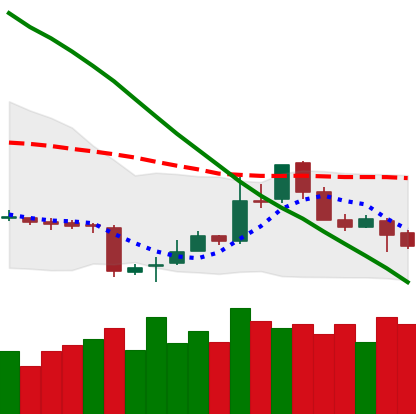
Ticker: LTC-USD
Chart end date: 2018-11-12
Forward return: -17.215%
Label: down_7plus